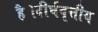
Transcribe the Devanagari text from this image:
है।दीर्घवृत्तीय